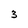
Character: 3